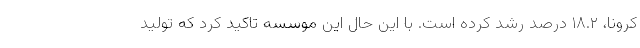
کرونا، ۱۸.۲ درصد رشد کرده است. با این حال این موسسه تاکید کرد که تولید